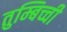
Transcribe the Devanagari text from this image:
तुम्बिच्ची